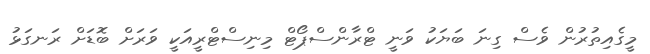
މީގެއިތުރުން ވެސް ގިނަ ބަޔަކު ވަނީ ޓްރާންސްޕޯޓް މިނިސްޓްރީއަކީ ވަރަށް ބޮޑަށް ރަނގަޅު